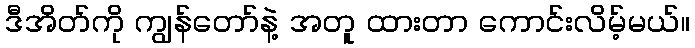
ဒီအိတ်ကို ကျွန်တော်နဲ့ အတူ ထားတာ ကောင်းလိမ့်မယ်။